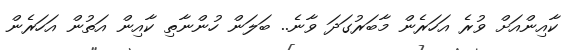
ކާއިންއަށް ވުރެ އަހަރެން މާބަރުގަދަ ވާނެ.. ބަލަން ހުންނާތި ކާއިން އަތުން އަހަރެން